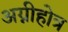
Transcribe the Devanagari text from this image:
अग्नीहोत्र